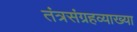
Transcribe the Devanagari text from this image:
तंत्रसंग्रहव्याख्या